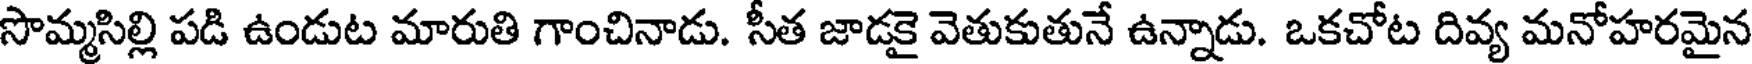
సొమ్మసిల్లి పడి ఉండుట మారుతి గాంచినాడు. సీత జాడకై వెతుకుతునే ఉన్నాడు. ఒకచోట దివ్య మనోహరమైన